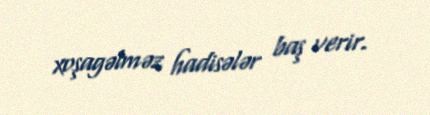
xoşagəlməz hadisələr baş verir.